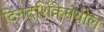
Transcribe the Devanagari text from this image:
दिनदर्शिकेमधील